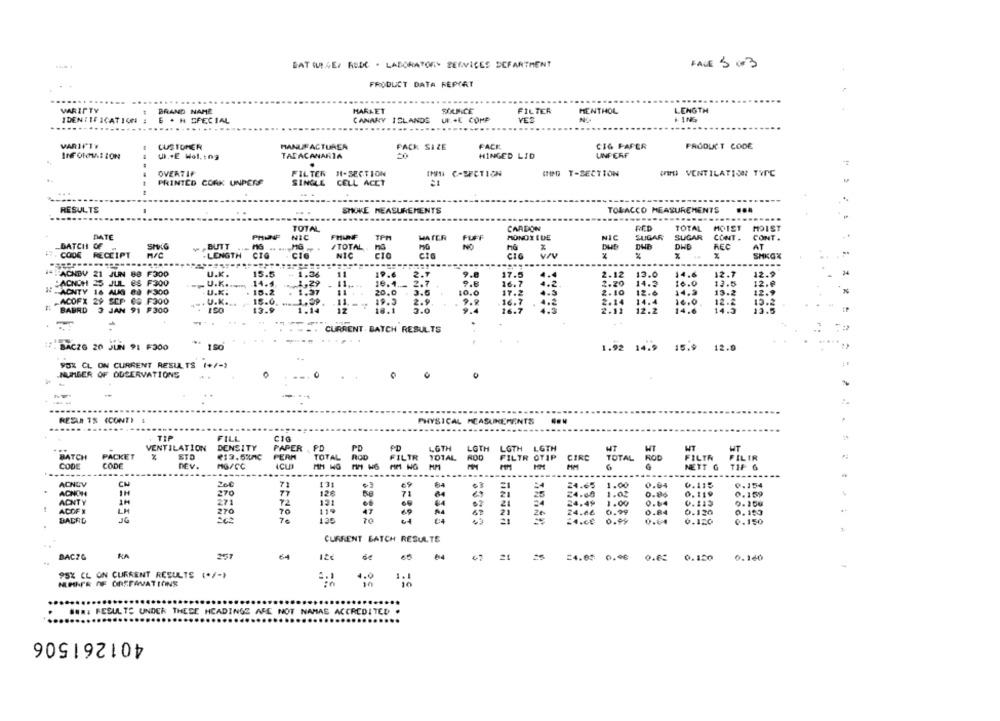
BAT (LEGE. RUDC . LABORATORY SERVICES SCFARTHENT
FALE 5 03
PRODUCT DATA REPORT
WRIPTY
LENGTH
BRAND NAME
HARAET
FILTER
MENTHOL
6 . H SPECIAL
CANARY ISLANDS UE+E COMP
VES
..
.........
..........
..................
VARIETY
CUSTOMER
FACK
CIG FAFER
MANUFACTURER
PACK SIZE
PRODUCT CODE
INFORMATION
U .. E Wol, ing
TADACANARIA
HINGED LID
UNPERF
OVERTIF
FILTER H1-SECTION
INITI C-SECTION
GOD T-SECTION
WWW VENTILATION TVPC
----
PRINTED COAK UNPERS
SINGLE CELL ACCT
RESULTS
SMOKE MEASUREMENTS
TOBACCO MEASUREMENTS
...
.......
TOTAL
CARDON
RCD
TOTAL
HOIST
MOIST
DATE
PHUNF
NIC
FHUNF
WATER
FUFF
MONOXIDE
NIC
SUGAR
SUGAR
CONT .
CONT .
BATCH OF
SMXG
BUTT
#TOTAL
NO
DWE
REC
AT
RECEIPT
. LENGTH CTG
CIG
NIC
CIO
%
%
SHKGX
---...
FACNBV 21 JUN 88 F300
U.K.
15.5
1.36
11
19.6
9.8
17.5
2.12
13.0
14.6
12.7
12.9
34
JACNUM =5 JUL ES F300
14.4
2.7
4.2
2.20
14.3
16.0
13.5
12.º
U.K ...
16.1.
16.7
FAONTY 16 AUG 88 F300
U.K.
18.2
1.37
11.
20.0
3.6
10.0
17.
2.10
12.0
14.3
13.2
12.9
ACOFX 29 SEP 08 F300
. U.K.
15.0.
... 1.29
11.
19.3
2.9
9.2
2.14
14.4
16.0
12 .2
10.2
# BABRD
3 JAN 91 F300
13.9
1.14
18.1
2.0
9.4
16.7
2.11
12.2
14.6
14.5
CURRENT. BATCH RESULTS
BACZG 20 JUIN 91 F300
1.92 14.9
15.9
12.0
FOX CL ON CURRENT RESULTS (+/-)
NUMBER OF ODSERVATIONS
-
RESAN TS (CONT)
PHYSICAL MEASUREMENTS
TIP
FILL
CIG
VENTILATION
DENSITY
PD
PD
LGTH
WT
HT
PACKET
STO
PAPER
PERM
ROD
LGTH
LGTH LGTH
HT
WT
BATCH
TOTAL
FILTR
TOTAL
ROD
FILTR OTIP
CIRC
TOTAL
ROD
FILTR
PILIR
CODE
CODE
DEV
MG/CC
MM HG
AM NG
NETT G
TIP G
ACNEV
CH
20€
71
131
69
77
71
24.65
1.00
0.64
6.115
0.154
ACNOH
IH
270
126
24.48
1.02
0.86
0.119
0.159
ADNTY
1H
271
121
24.49
1.00
0.64
0.115
0.354
ACOF X
270
70
119
47
21
24.46
0.99
0.84
0.120
0.153
BACRD
125
21
Ze
£4.60
0.99
0.04
0.120
0.150
CURRENT BATCH RESULTE
BAC?G
KA
64
=4.83 0.96 0.05 0.150
0.160
95% CL ON CURRENT RESULTS (*/-)
HUHNER OF ORSFAVATIONS
4.9
in
. .... RESULTS UNDER THESE HEADINGE AFE NOT NAMAE ACCREDITED
401261506